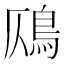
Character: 𩾸